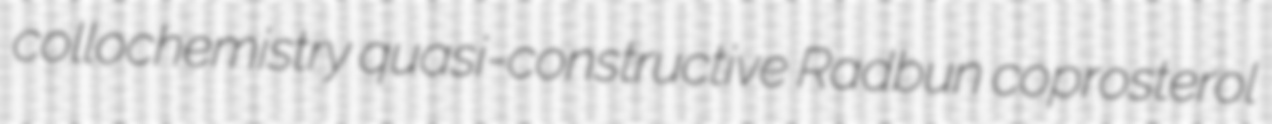
collochemistry quasi-constructive Radbun coprosterol